Vaccination in Burma 1889-1999 - 1889-1999
Year: 1889
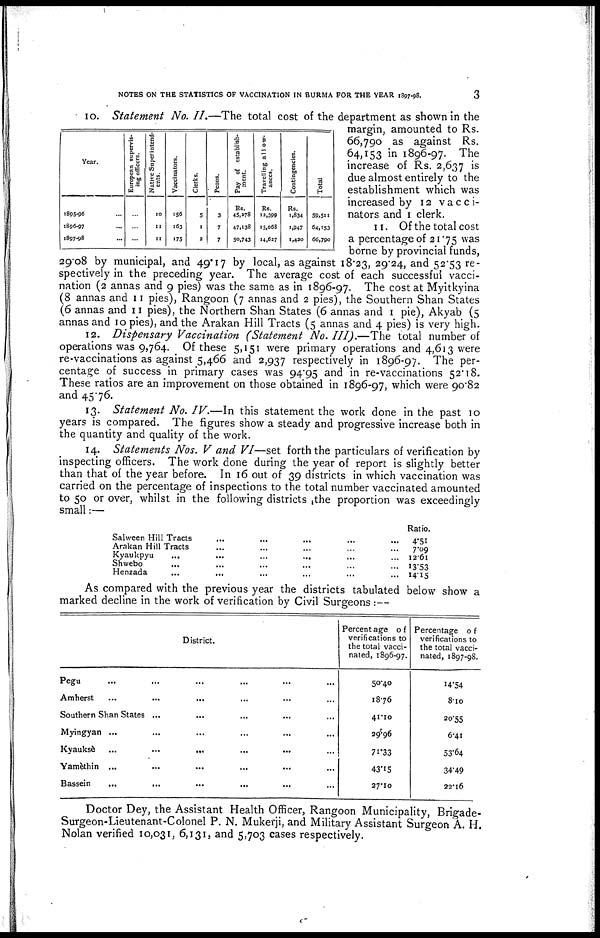
NOTES ON THE STATISTICS OF VACCINATION IN BURMA FOR THE YEAR 1897-98.
3
Year.
1895-96 ...
1896-97 ...
1897-98 ...
European supervis-
ing officers.
...
...
...
Native Superintend-
ents.
10
11
11
Vaccinators.
156
163
175
Clerks.
5
1
2
Peons.
3
7
7
Pay of establish-
ment.
Rs.
45,278
47,138
50,743
Travelling allow-
ances.
Rs.
12,399
15,068
14,627
Contingencies.
Rs.
1,834
1,947
1,420
Total
59,511
64,153
66,790
10. Statement No. II.—The total cost of the department as shown in the
margin, amounted to Rs.
66,790 as against Rs.
64,153 in 1896-97. The
increase of Rs. 2,637 is
due almost entirely to the
establishment which was
increased by 12 vacci-
nators and 1 clerk.
11. Of the total cost
a percentage of 21.75 was
borne by provincial funds,
29.08 by municipal, and 49.17 by local, as against 18.23, 29.24, and 52.53 re-
spectively in the preceding year. The average cost of each successful vacci-
nation (2 annas and 9 pies) was the same as in 1896-97. The cost at Myitkyina
(8 annas and 11 pies), Rangoon (7 annas and 2 pies), the Southern Shan States
(6 annas and 11 pies), the Northern Shan States (6 annas and 1 pie), Akyab (5
annas and 10 pies), and the Arakan Hill Tracts (5 annas and 4 pies) is very high.
12. Dispensary Vaccination (Statement No. III).—The total number of
operations was 9,764. Of these 5,151 were primary operations and 4,613 were
re-vaccinations as against 5,466 and 2,937 respectively in 1896-97. The per-
centage of success in primary cases was 94.95 and in re-vaccinations 52.18.
These ratios are an improvement on those obtained in 1896-97, which were 90.82
and 45.76.
13. Statement No. IV.—In this statement the work done in the past 10
years is compared. The figures show a steady and progressive increase both in
the quantity and quality of the work.
14. Statements Nos. V and VI—set forth the particulars of verification by
inspecting officers. The work done during the year of report is slightly better
than that of the year before. In 16 out of 39 districts in which vaccination was
carried on the percentage of inspections to the total number vaccinated amounted
to 50 or over, whilst in the following districts the proportion was exceedingly
small:—
Salween Hill Tracts ... ... ... ... ... ...
Arakan Hill Tracts ... ... ... ... ...
Kyaukpyu
...
...
...
...
...
Shwebo ... ... ... ... ...
Henzada ... ... ... ...
Ratio.
4.51
7.09
12.61
13.53
14.15
As compared with the previous year the districts tabulated below show a
marked decline in the work of verification by Civil Surgeons :—
District.
Pegu ... ... ... ... ... ...
Amherst ... ... ... ... ... ...
Southern Shan States ... ... ... ... ... ...
Myingyan ... ... ... ... ... ...
Kyaukse
...
...
...
...
...
...
Yamèthin ... ... ... ... ... ...
Bassein ... ... ... ... ... ...
Percentage of
verifications to
the total vacci-
nated, 1896-97.
50.40
18.76
41.10
29.96
71.33
43.15
27.10
Percentage of
verifications to
the total vacci-
nated, 1897-98.
14.54
8.10
20.55
6.41
53.64
34.49
22.16
Doctor Dey, the Assistant Health Officer, Rangoon Municipality, Brigade-
Surgeon-Lieutenant-Colonel P. N. Mukerji, and Military Assistant Surgeon A. H.
Nolan verified 10,031, 6,131, and 5,703 cases respectively.